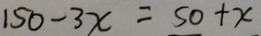
1 5 0 - 3 x = 5 0 + x